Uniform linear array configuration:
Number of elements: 24
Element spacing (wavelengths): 0.75
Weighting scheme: hann
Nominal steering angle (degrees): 0
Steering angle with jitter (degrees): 0.2413
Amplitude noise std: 0.05
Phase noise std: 0.05

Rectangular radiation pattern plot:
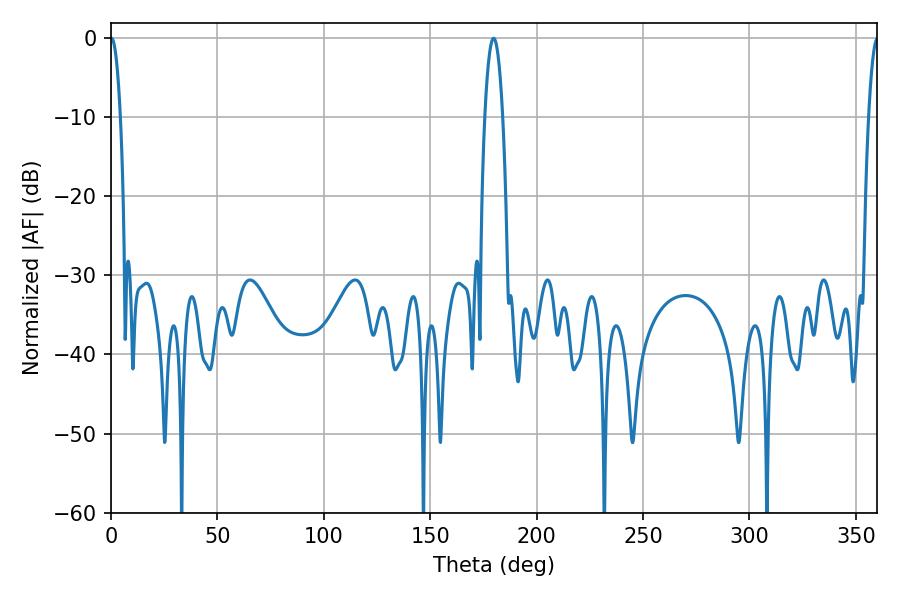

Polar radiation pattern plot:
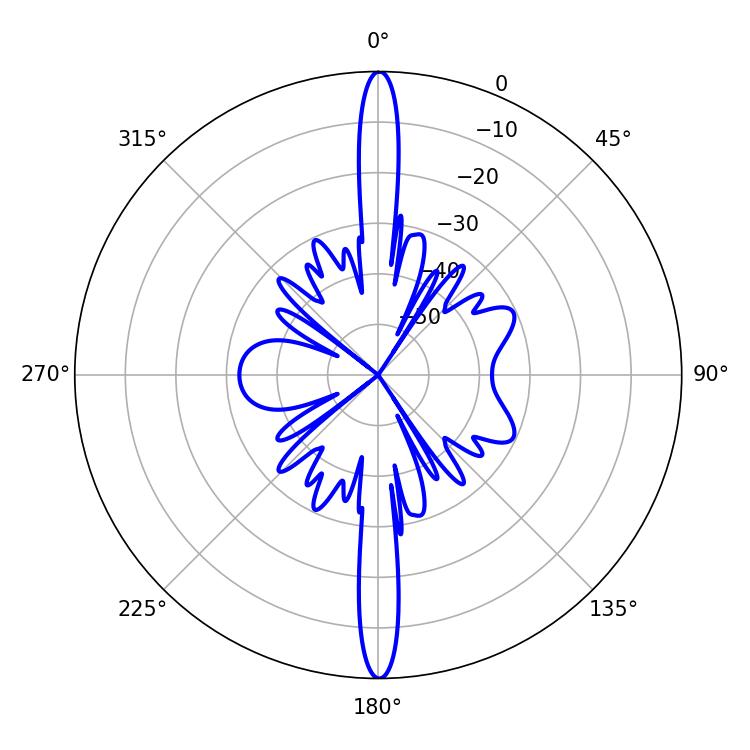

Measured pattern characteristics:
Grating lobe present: TRUE
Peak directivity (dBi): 34.293
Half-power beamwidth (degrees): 2.52
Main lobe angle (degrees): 0.18